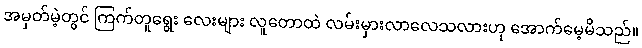
အမှတ်မဲ့တွင် ကြက်တူရွေး လေးများ လူတောထဲ လမ်းမှားလာလေသလားဟု အောက်မေ့မိသည်။